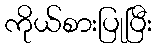
ကိုယ်စားပြုပြီး